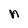
Character: n